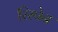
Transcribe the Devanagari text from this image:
रिस्पेन